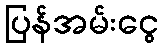
ပြန်အမ်းငွေ